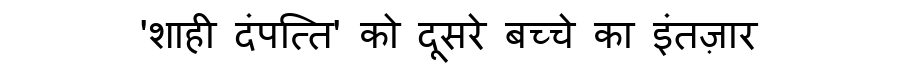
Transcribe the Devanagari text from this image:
'शाही दंपत्ति' को दूसरे बच्चे का इंतज़ार